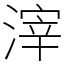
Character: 滓